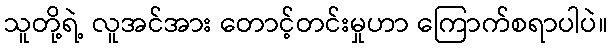
သူတို့ရဲ့ လူအင်အား တောင့်တင်းမှုဟာ ကြောက်စရာပါပဲ။